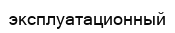
эксплуатационный